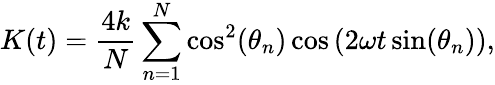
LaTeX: K(t)=\frac{4k}{N}\sum_{n=1}^{N}\cos^{2}(\theta_{n})\cos\left(2\omega t\sin(\theta_{n})\right),